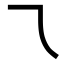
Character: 乁